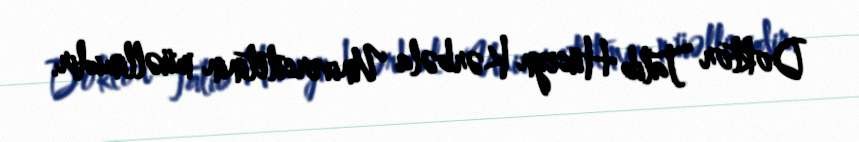
Doktor Talib Hüseyn Kərbəla Universitetinin müəllimidir.